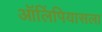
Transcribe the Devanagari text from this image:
ऑलिंपियासला